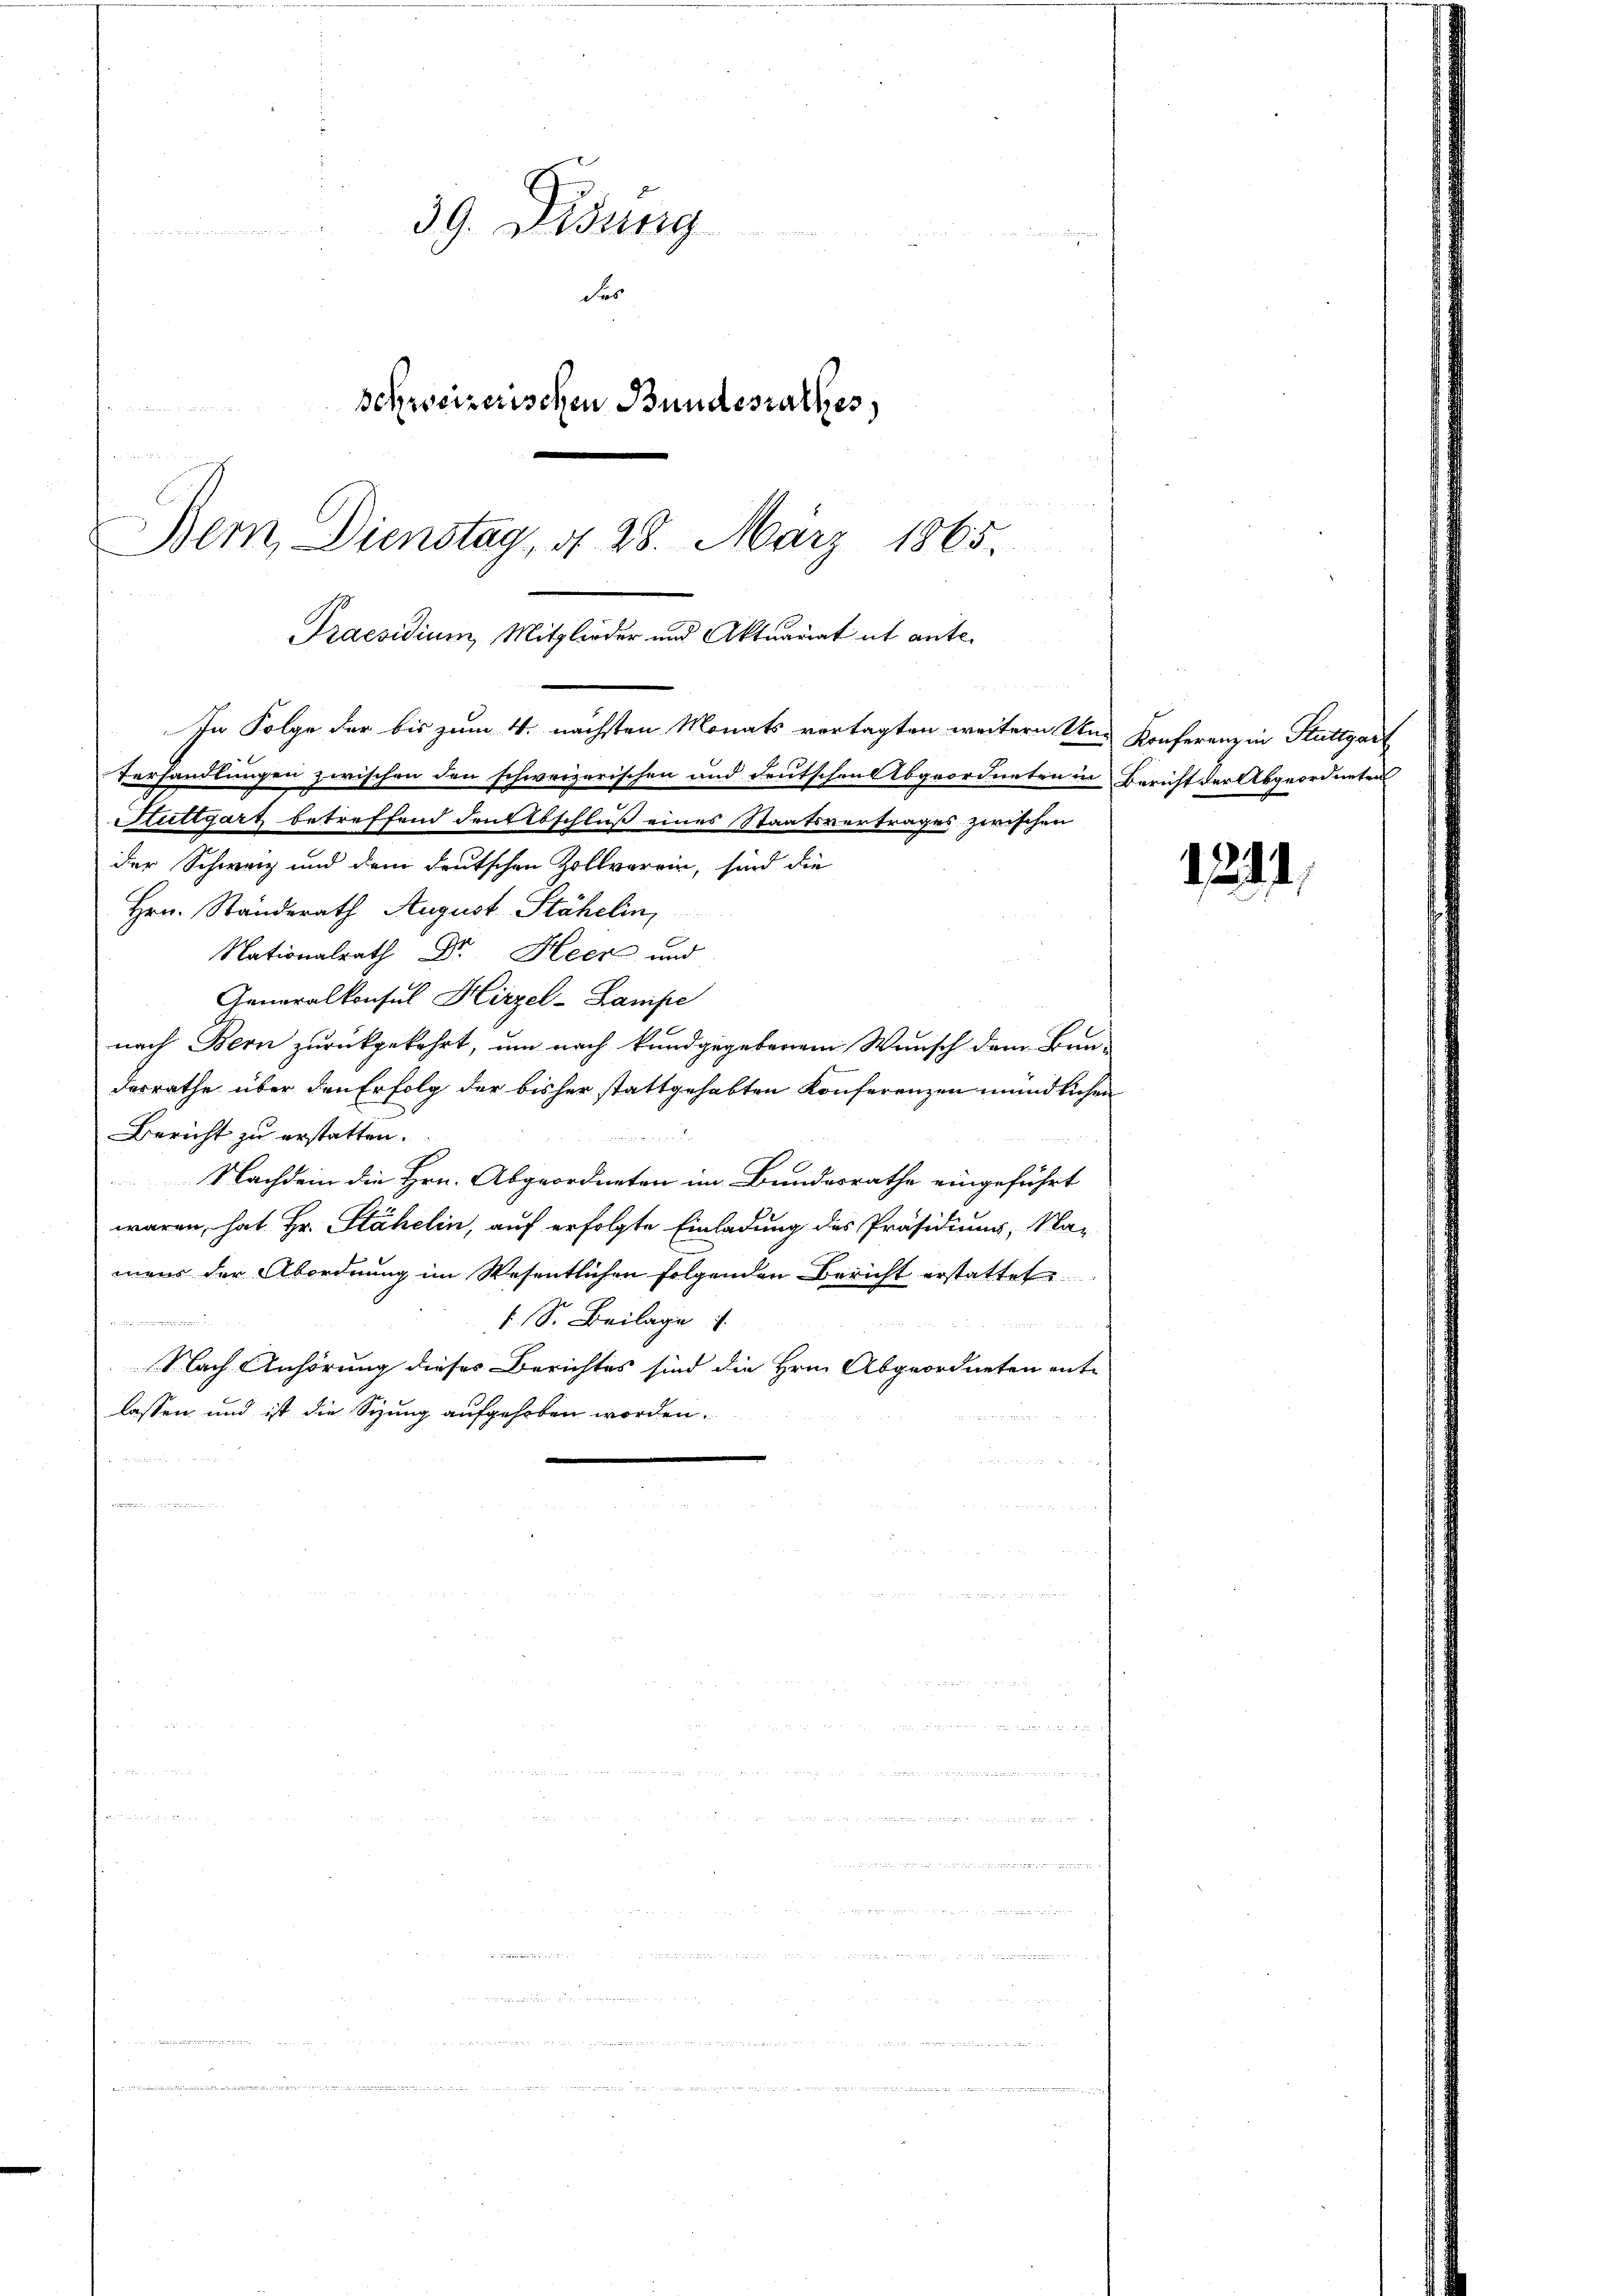
Bern, Dienstag, d. 28. März 1865.
Praesidium, Mitglieder und Aktuariat et ante.

39. Disung

des
Schreizerischen Bundesrathes,

In Folge der bis zum 4. nächsten Monats vortagten weitern Un- Konferenz in Stuttgart
Verhandlungen zwischen den schweizerischen und deutschen Abgeordneten in Bericht der Abgeordneten
Stuttgart betreffend den Abschluß eines Staatsvertrages zwischen
der Schweiz und dem deutschen Zollverein, sind die
Hrr. Standerath August Stähelin,
Nationalrath Dr. Heer und
Generalkonsul Hirzel-Lampe
nach Bern zurückgekehrt, um nach kundgegebenem Wunsch dem Bun-
desrathe über den Erfolg der bisher stattgehabten Konferenzen mündlichen
Bericht zu erstatten.

Nachdem die Hrn. Abgeordneten im Bundesrathe eingeführt
waren, hat Hr. Stähelin, auf erfolgte Einladung des Präsidiums, Na-
mens der Abordnung im Wesentlichen folgenden Bericht erstattet
1 S. Beilage
Nach Anhörung dieses Berichtes sind die Hrn. Abgeordneten ent-
lassen und ist die Sizung aufgehoben worden.

u

1244.